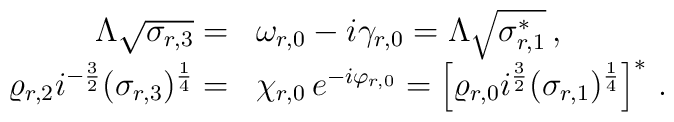
\begin{array}{rl}\Lambda \sqrt{\sigma_{r,3}} = & \omega_{r,0} - i \gamma_{r,0} = \Lambda\sqrt{\sigma_{r,1}^{*}} \, ,\\\varrho_{r,2} i^{-\frac{3}{2}} (\sigma_{r,3})^{\frac{1}{4}} = &\chi_{r,0} \, e^{-i \varphi_{r,0}} = \left[\varrho_{r,0} i^{\frac{3}{2}}(\sigma_{r,1})^{\frac{1}{4}} \right]^{*} \, .\end{array}